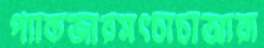
প্যাকজারসৎচাচাআরা